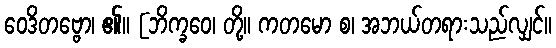
ဝေဒိတဗ္ဗော၊ ၏။ [ဘိက္ခဝေ၊ တို့။ ကတမော စ၊ အဘယ်တရားသည်လျှင်။